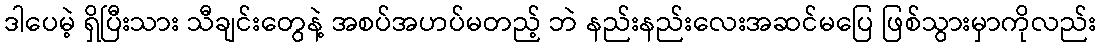
ဒါပေမဲ့ ရှိပြီးသား သီချင်းတွေနဲ့ အစပ်အဟပ်မတည့် ဘဲ နည်းနည်းလေးအဆင်မပြေ ဖြစ်သွားမှာကိုလည်း